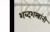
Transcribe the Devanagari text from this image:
शब्दशस्त्रांनी